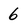
Character: 6